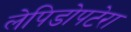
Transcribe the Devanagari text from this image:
लेपिडोपटेरा